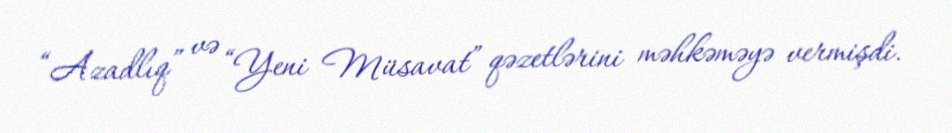
“Azadlıq” və “Yeni Müsavat” qəzetlərini məhkəməyə vermişdi.